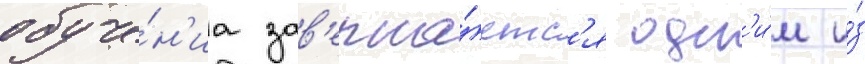
обуче́н'иа зав'ерша́етс'я одн'и́м и́з